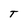
Character: T